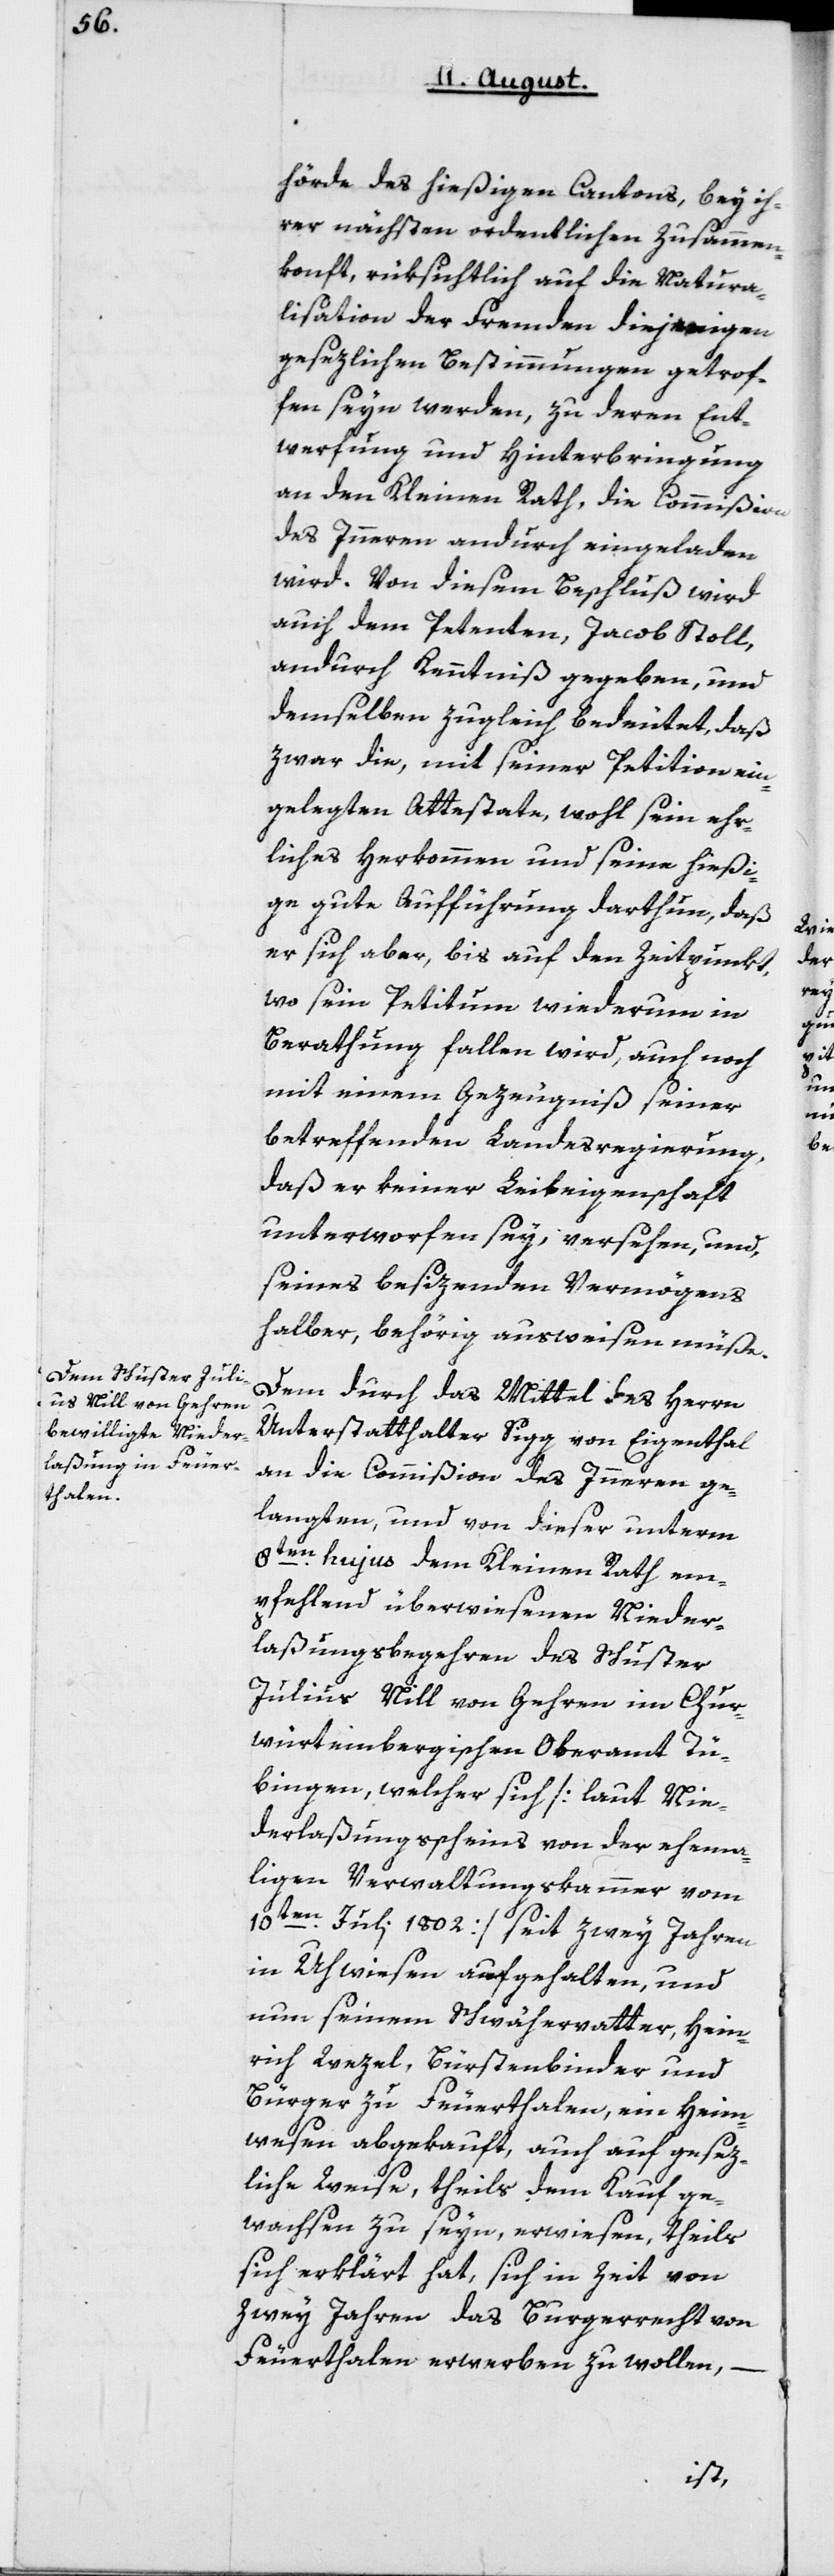
hörde des hießigen Cantons, bey ih¬
rer nächsten ordentlichen Zusammen¬
konft, rüksichtlich auf die Natura¬
lisation der Fremden diejenigen
gesezlichen Bestimmungen getrof¬
fen sein werden, zu deren Ent¬
werfung und Hinterbringung
an den Kleinen Rath, die Commißion
des Innern andurch eingeladen
wird. Von diesem Beschluß wird
auch dem Petenten, Jacob Stoll,
andurch Kenntniß gegeben, und
demselben zugleich bedeutet, daß
zwar die, mit seiner Petition ein¬
gelegten Attestate, wohl sein ehr¬
liches Herkommen und seine hießi¬
ge gute Aufführung darthun, daß
er sich aber, bis auf den Zeitpunkt,
wo sein Petitum wiederum in
Berathung fallen wird, auch noch
mit einem Gezeugnis seiner
betreffenden Landesregierung,
daß er keiner Leibeigenschaft
unterworfen sey, versehen, und
seines besizenden Vermögens
halber, behörig ausweisen müße.
Dem durch das Mittel des Herrn
Unterstatthalter Sigg von Eigenthal
an die Commißion des Innern ge¬
langten, und von dieser unterm
8ten hujus dem Kleinen Rath em¬
pfehlend überwiesenen Nieder¬
laßungsbegehren des Schuster
Julius Nill von Gehren im chur¬
würtembergischen Oberamt Tü¬
bingen, welcher sich [laut Nie¬
derlaßungsscheins von der ehema¬
ligen Verwaltungskammer vom
10ten Julii 1802] seit zwey Jahren
in Uhwiesen aufgehalten, und
nun seinem Schwähervater, Hein¬
rich Wezel, Bürstenbinder und
Bürger zu Feuerthalen, ein Heim¬
wesen abgekauft, auch auf gesez¬
liche Weise, theils dem Kauf ge¬
wachsen zu sein, erwiesen, theils
sich erklärt hat, sich in Zeit von
zwey Jahren das Burgerrecht von
Feuerthalen erwerben zu wollen,
–